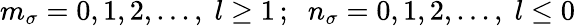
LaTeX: m_{\sigma}=0,1,2,...,\; l\geq 1\, ;\; \; n_{\sigma}=0,1,2,...,\; l\leq 0